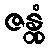
ဇန္တုံ